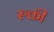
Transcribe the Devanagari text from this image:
रुक्ती